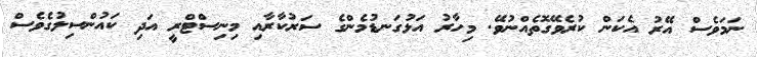
ނަމަވެސް އޭރު އެކަން ކުރެވޭގޮތެއްނުވޭ. މިހާރު އަޅުގަނޑުމެންގެ ސަރުކާރާއި މިނިސްޓްރީ އަދި ކައުންސިލުގެވެސް